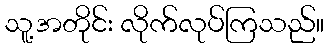
သူ့အတိုင်း လိုက်လုပ်ကြသည်။